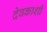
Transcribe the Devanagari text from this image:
देवकाशी